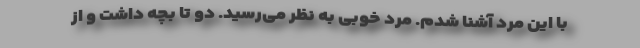
با این مرد آشنا شدم. مرد خوبی به نظر می‌رسید. دو تا بچه داشت و از